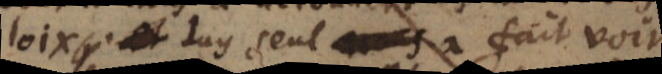
loix. Luy seul a fait voir